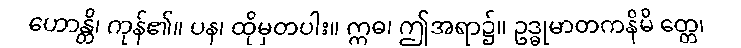
ဟောန္တိ၊ ကုန်၏။ ပန၊ ထိုမှတပါး။ ဣဓ၊ ဤအရာ၌။ ဥဒ္ဓုမာတကနိမိ တ္တေ၊